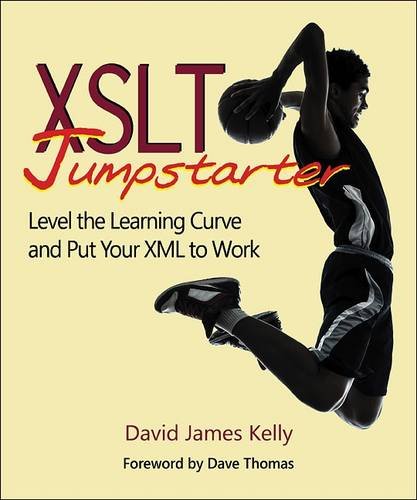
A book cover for XSLT Jumpstarter: Level the Learning Curve and Put Your XML to Work; David James Kelly; Computers & Technology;